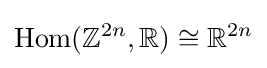
{\text{Hom}}(\mathbb {Z} ^{2n},\mathbb {R} )\cong \mathbb {R} ^{2n}